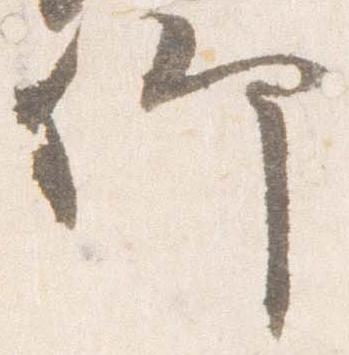
卿